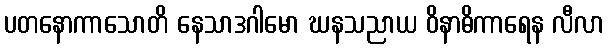
ပတနောကာသောတိ နေသာဒဂါမော ဃနသညာယ ဝိနာဓိကာရေန လီလာ